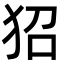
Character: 㹦